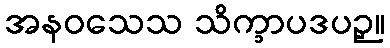
အနဝသေသ သိက္ခာပဒပဉှ။